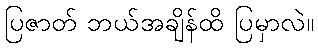
ပြဇာတ် ဘယ်အချိန်ထိ ပြမှာလဲ။